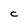
Character: C